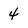
Character: 4